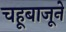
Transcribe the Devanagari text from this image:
चहूबाजूने